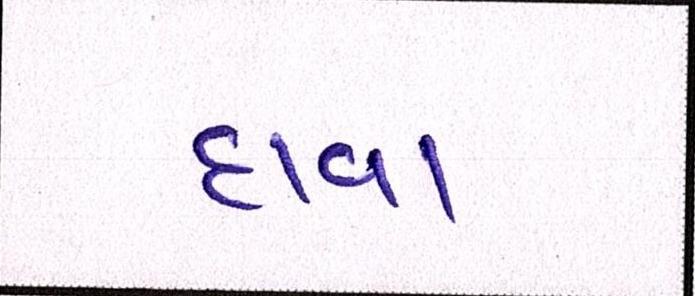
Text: દાવા